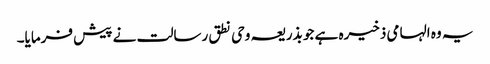
یہ وہ الہامی ذخیرہ ہے جو بذریعہ وحی نطق رسالت نے پیش فرمایا۔